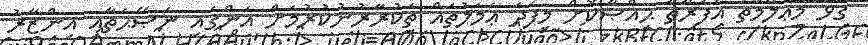
ގުޅޭ މަޢުލޫމާތު އެފަރާތާ ޙިއްޞާކޮށް މިފަދަ ޢަމަލުތައް ތަކުރާރުނުކުރުމަށް އަންގައި ނަޞޭޙަތާއި އިންޒާރު